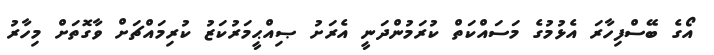
އޯގެ ބޭސްފިހާރަ އެޅުމުގެ މަސައްކަތް ކުރަމުންދަނީ އެރަށު ޞިއްޙީމަރުކަޒު ކުރިމައްޗަށް ވާގޮތަށް މިހާރު